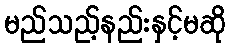
မည်သည့်နည်းနှင့်မဆို